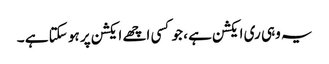
یہ وہی ری ایکشن ہے ، جو کسی اچھے ایکشن پر ہو سکتا ہے ۔